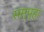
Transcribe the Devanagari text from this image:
सस्पृहा